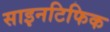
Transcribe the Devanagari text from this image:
साइनटिफिक